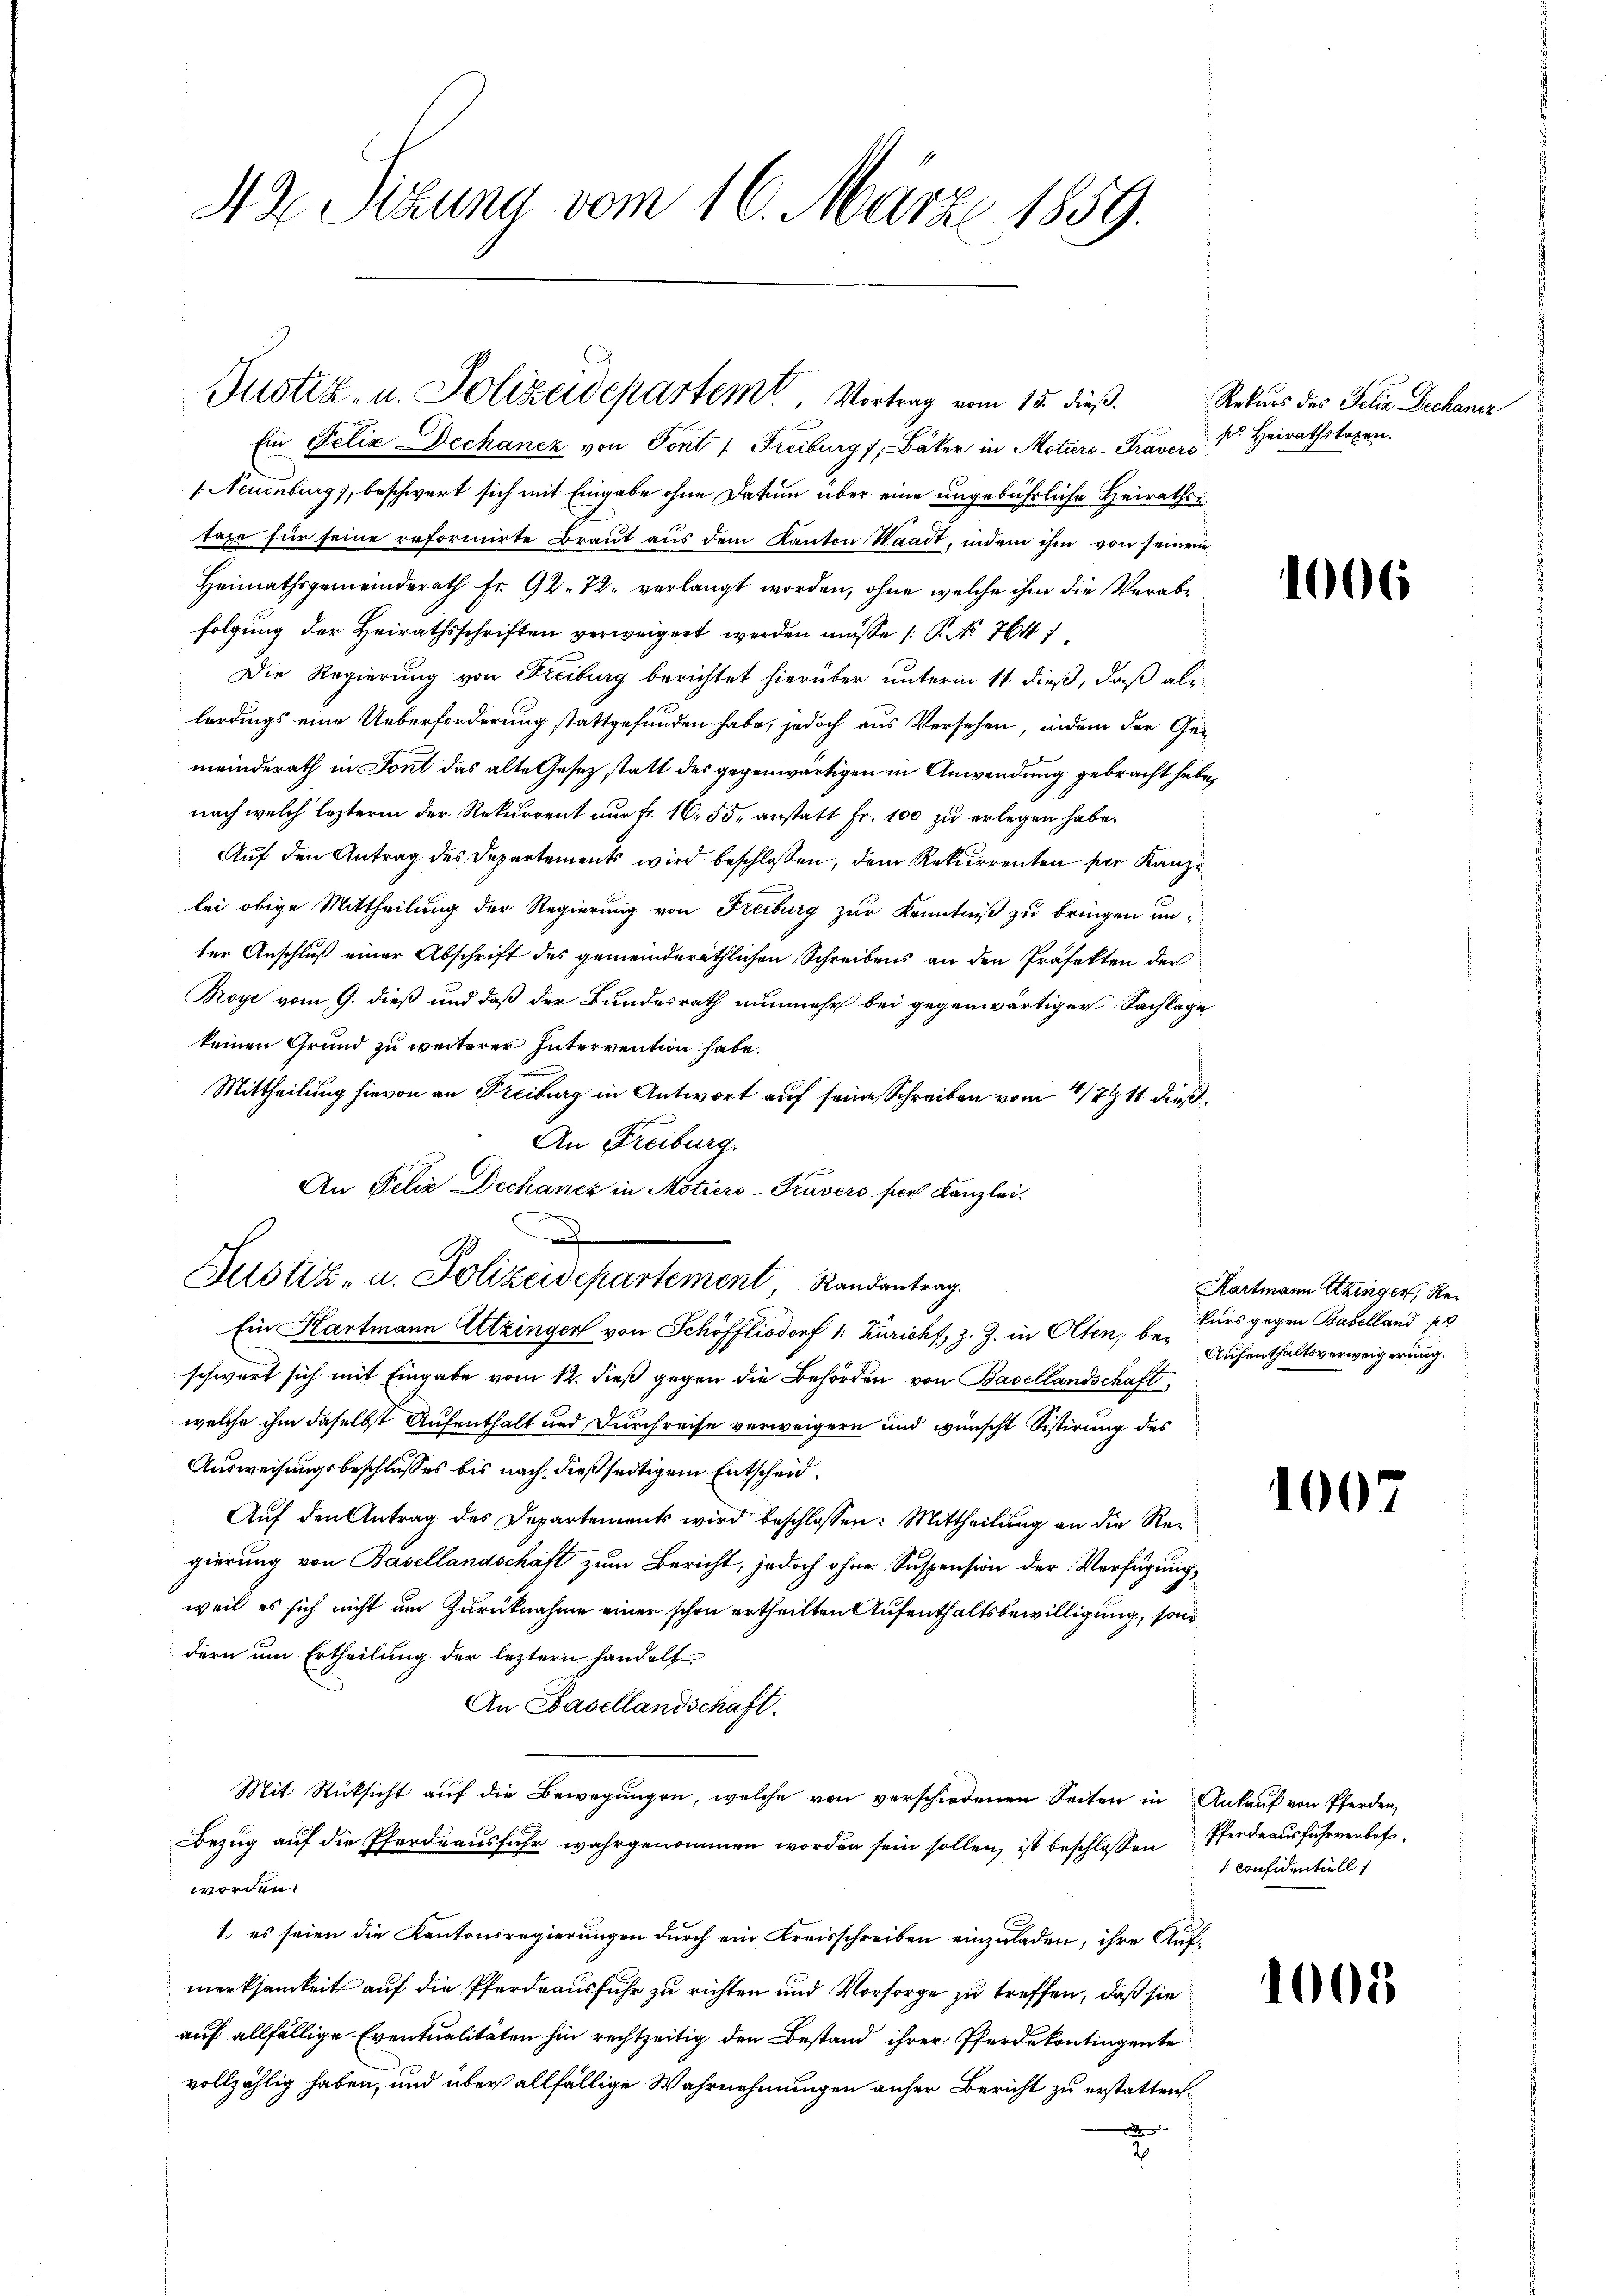
42. Sitzung vom 16. März 1859.

Ein Pelix Dechanez von Sont 1. Freiburg 7 Bäker in Motiers-Traver Heirathstagen.
1. Neuenburg), beschwert sich mit Eingabe ohne Datum über eine ungebührliche Heirathstaxe für seine reformirte Braut aus dem Kanton Waadt, indem ihm von seinem
Heimathsgemeinderath Fr. 92. 72, verlangt worden, ohne welche ihm die Verabfolgung der Heirathsschriften verweigert werden müsse (: P. No 764
Die Regierung von Freiburg berichtet hierüber unterm 11. dieß, daß als
lerdings eine Ueberforderung stattgefunden habe, jedoch aus Versehen, indem der Gemeinderath in Font das alte Gesetz statt des gegenwärtigen in Anwendung gebracht habe,
nach welch lezterm der Rekurrent nur fr. 16. 55, anstatt Fr. 100 zu erlegen habe.
Auf den Antrag des Departements wird beschlossen, dem Rekurrenten per Kanze
lei obige Mittheilung der Regierung von Freiburg zur Kenntniß zu bringen unter Anschluß einer Abschrift des gemeinderäthlichen Schreibens an den Präfekten der
Proye vom 9. dieß und daß der Bundesrath nunmehr bei gegenwärtiger Sachlage
keinen Grund zu weiterer Intervention habe.
Mittheilung hievon an Freiburg in Antwort auf seine Schreiben vom 4/7911 dieß¬
An Freiburg.
An Felix Dechancz in Motiers-Pravers per Kanzlei.
Ein Hartmann Utzinger von Schöfflisdorf 1: Züricht, z. Z. in Olten, beschwart sich mit Eingabe vom 12. dieß gegen die Behörden von Basellandschaft,
welche ihm daselbst Aufenthalt und Durchreise verweigern und wünscht Sistirung des
Ausweisungsbeschlusses bis nach dießseitigem Entscheid¬
Auf den Antrag des Departements wird beschlossen: Mittheilung an die Regierung von Basellandschaft zum Bericht, jedoch ohne Suspension der Verfügung,
weil es sich nicht um Zurücknahme einer schon ertheilten Aufenthaltsbewilligung, son
dern um Ertheilung der leztern handelt
An Basellandschaft.
Mit Rücksicht auf die Bewegungen, welche von verschiedenen Seiten in Ankauf von Pferden,
Bezug auf die Pferdeausfuhr wahrgenommen worden sein sollen, ist beschlossen Pferdeausfuhrverbotworden.
1. es seien die Kantonsregierungen durch ein Kreisschreiben einzuladen, ihre Aufmerksamkeit auf die Pferdeausfuhr zu richten und Vorsorge zu treffen, daß sie
auf allfällige Eventualitäten hin rechtzeitig den Bestand ihrer Pferdekontingente
vollzählig haben, und über allfällige Wahrnehmungen anher Bericht zu erstatten.
e
2

Justiz- u. Polizeidepartem Vortrag vom 15. dieß.

u
Justiz- u. Polizeidepartement Standentrag.

Rekurs des Felix Dechaniz

1006

.
Kartmann Utzinger, Rei
kurs gegen Baselland pr
Aufenthaltsverweigerung.

1007

: Confidentiell

1008